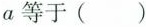
a等于( )